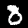
Label: 8